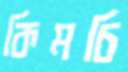
কিমচি